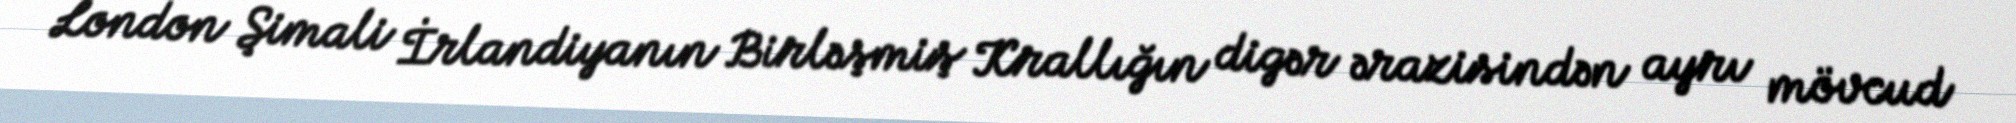
London Şimali İrlandiyanın Birləşmiş Krallığın digər ərazisindən ayrı mövcud